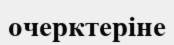
очерктеріне